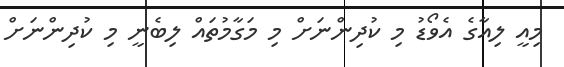
މިއީ ލިއާގެ އެވޯޑު މި ކުދިންނަށް މި މަގާމުތައް ލިބެނީ މި ކުދިންނަށް